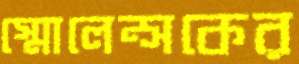
স্মোলেন্সকের